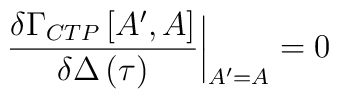
\frac{\delta \Gamma _{CTP}\left[ A^{\prime },A\right] }{\delta\Delta \left( \tau \right) }\bigg|_{A^{\prime }=A}=0